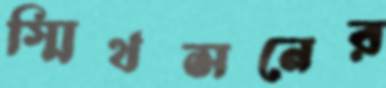
স্মিথসনের